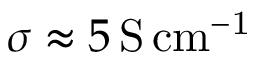
\sigma \approx 5 \, \mathrm { S \, c m ^ { - 1 } }